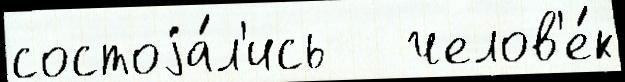
состоjа́л'ись   челов'е́к